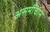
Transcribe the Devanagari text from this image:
असमीचीन